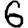
Digit: 6